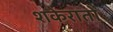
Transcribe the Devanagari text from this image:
शकेरातो